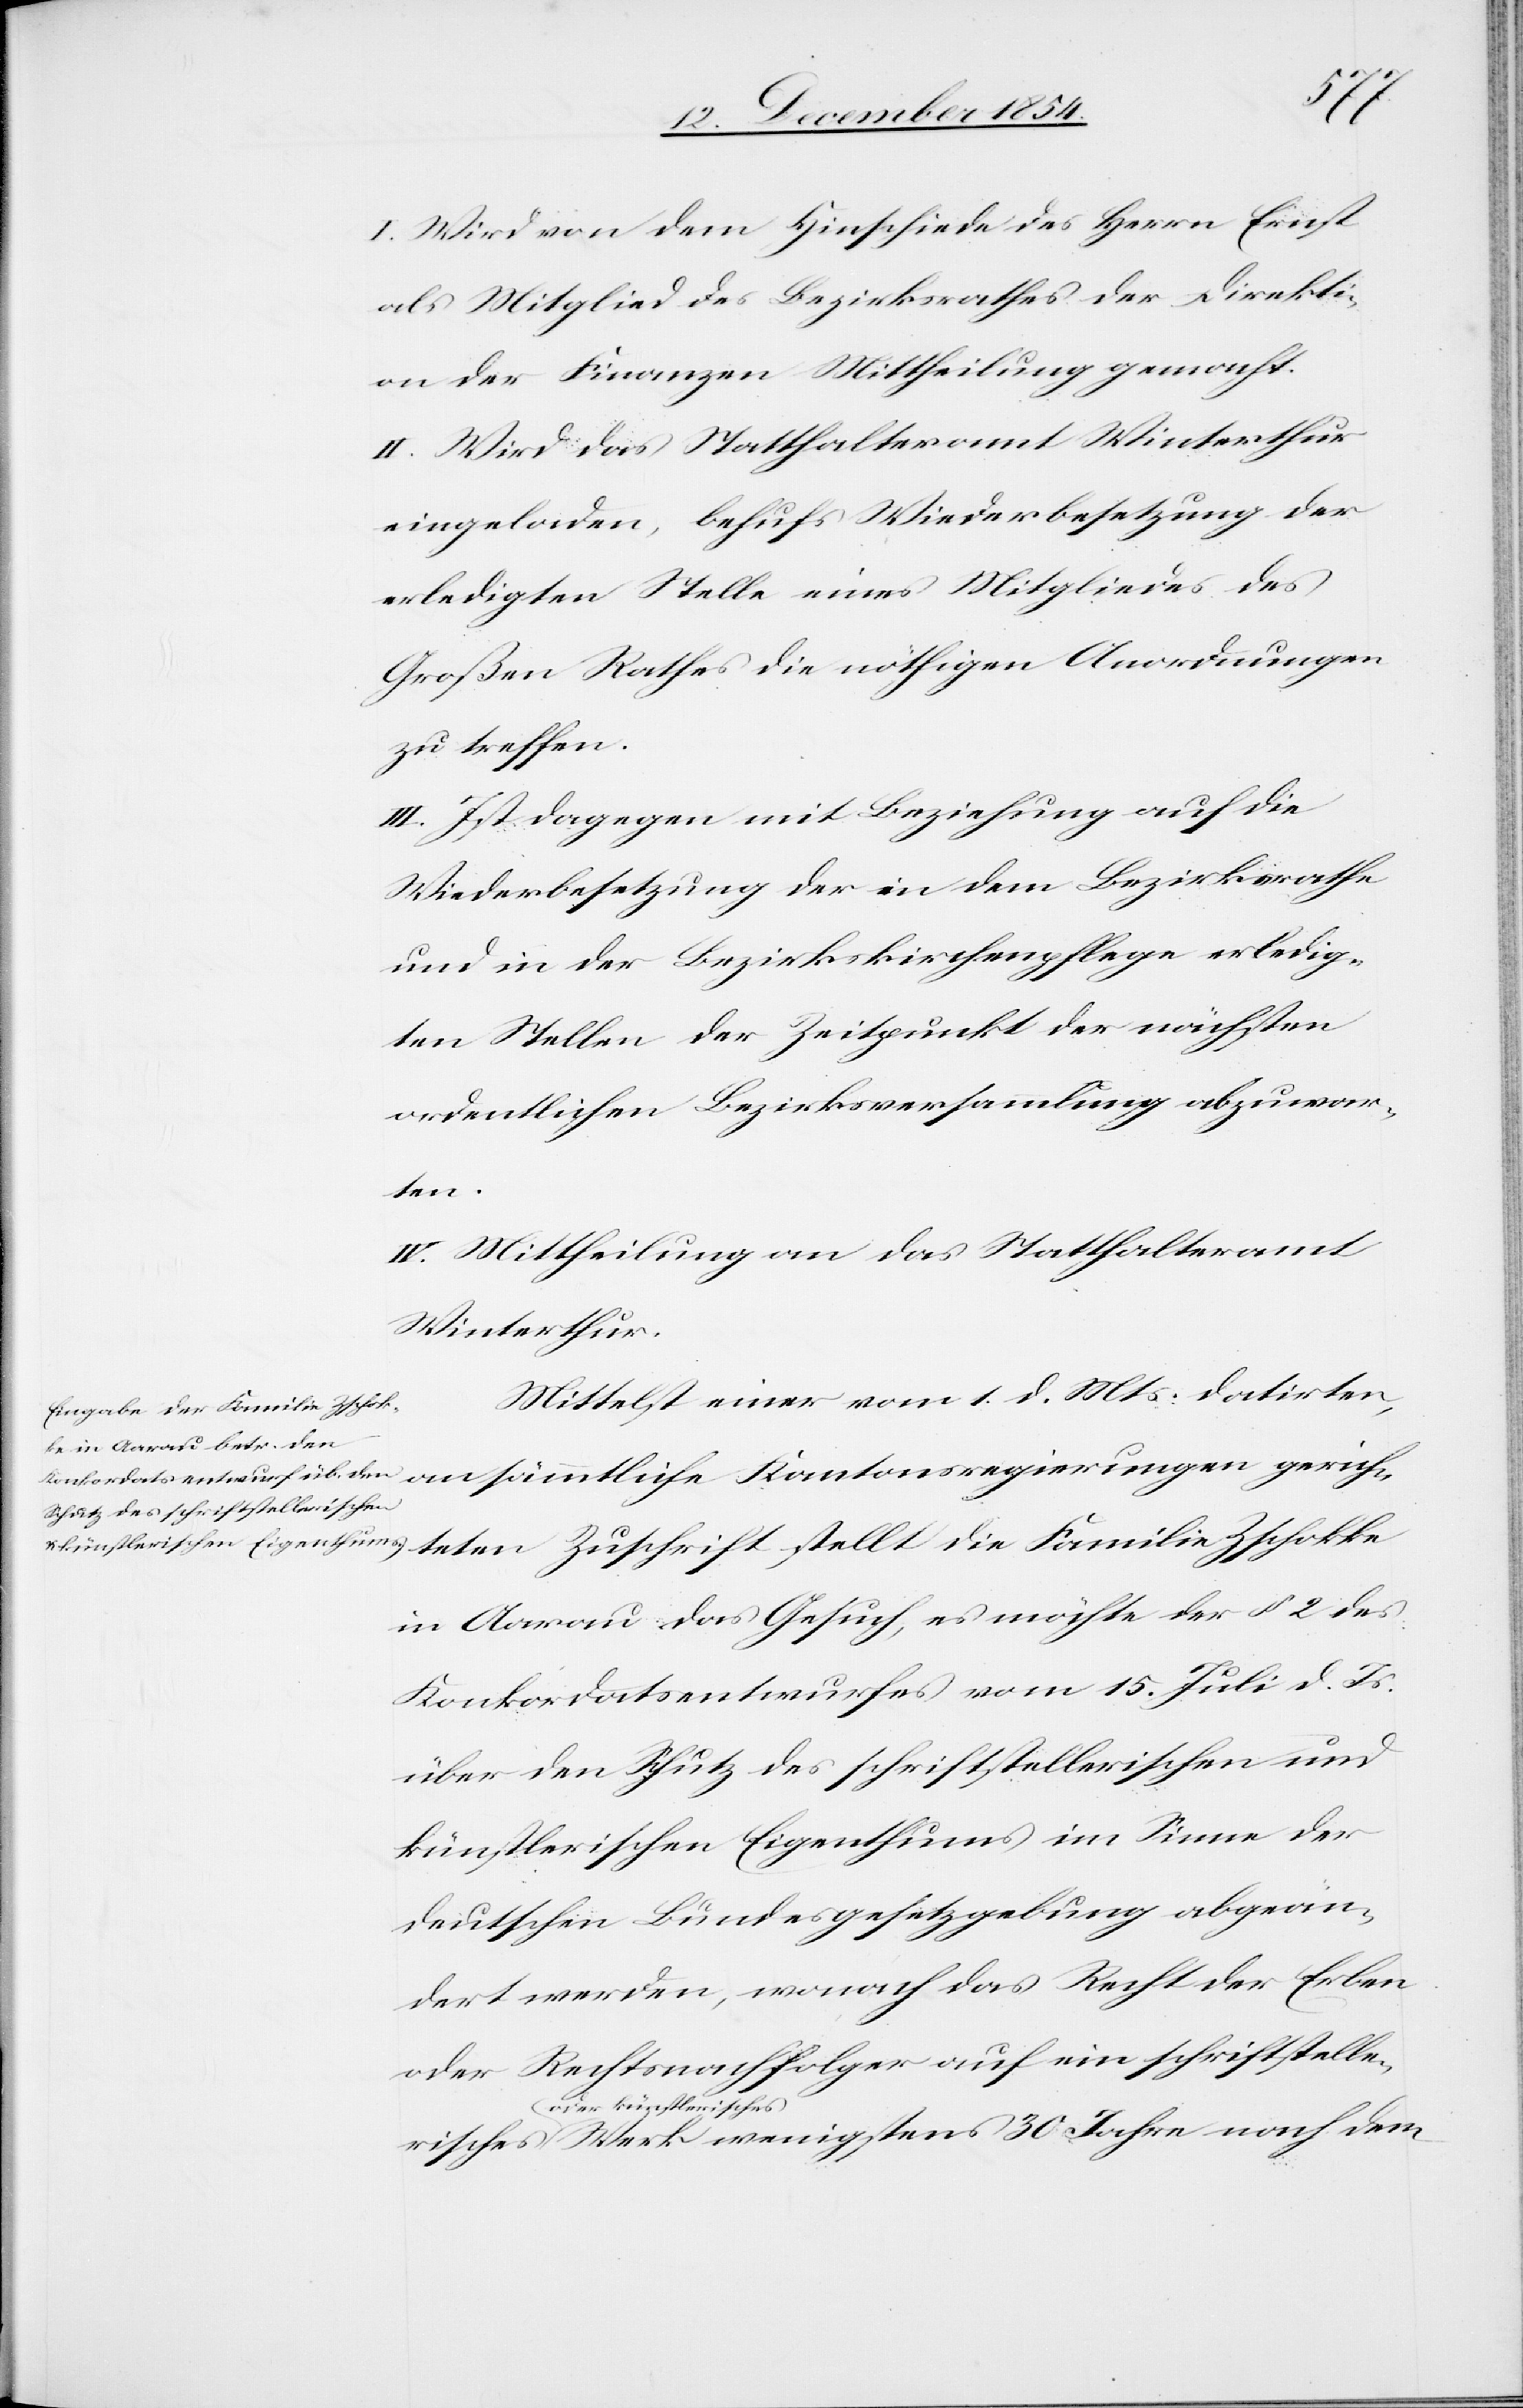
isches
I. Wird von dem Hinschiede des Herrn Ernst
als Mitglied des Bezirksrathes der Direkti¬
on der Finanzen Mittheilung gemacht.
II. Wird das Statthalteramt Winterthur
eingeladen, behufs Wiederbesetzung der
erledigten Stelle eines Mitgliedes des
Großen Rathes die nöthigen Anordnungen
zu treffen.
III. Ist dagegen mit Beziehung auf die
Wiederbesetzung der in dem Bezirksrathe
und in der Bezirkskirchenpflege erledig¬
ten Stellen der Zeitpunkt der nächsten
ordentlichen Bezirksversammlung abzuwar¬
ten
IV. Mittheilung an das Statthalteramt
Winterthur.
Mittelst einer vom 1. d. Mts. datirten,
an sämmtliche Kantonsregierungen gerichte¬
in Aarau das Gesuch, es möchte der § 2 des
Konkordatsentwurfes vom 15. Juli d. Js.
über den Schutz des schriftstellerischen und
künstlerischen Eigenthums im Sinne der
deutschen Bundesgesetzgebung abgeän¬
dert werden, wonach das Recht der Erben
oder Rechtsnachfolger auf ein schriftsteller¬
a-oder künstle¬
risches-a Werk wenigstens 30 Jahre nach dem